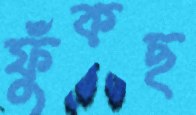
ফুঁকছ